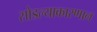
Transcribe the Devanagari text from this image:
सोडल्याकारणान